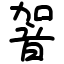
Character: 䪪